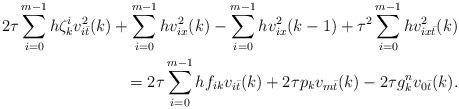
LaTeX: \begin{align*}2\tau\sum\limits_{i=0}^{m-1}h\zeta_k^iv_{i\bar t}^2(k) +\sum\limits_{i=0}^{m-1}hv_{ix}^2(k)-\sum\limits_{i=0}^{m-1}hv_{ix}^2(k-1)+ \tau^2\sum\limits_{i=0}^{m-1}hv_{ix\bar t}^2(k) \\ = 2\tau\sum\limits_{i=0}^{m-1}hf_{ik}v_{i\bar t}(k)+2\tau p_kv_{m\bar t}(k)-2\tau g_k^nv_{0\bar t}(k) .\end{align*}